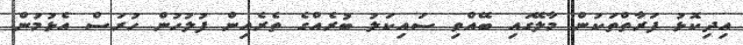
އިދިކޮޅު ފަރާތްތަކުން މާލޭގައި ބޭއްވި ސައިކަލު ބުރެއްގެ ތެރެއިން ފުލުހުން ހުރަސް އެޅުމުން